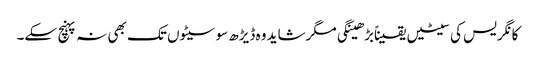
کانگریس کی سیٹیں یقیناًبڑھینگی مگرشاید وہ ڈیڑھ سو سیٹوں تک بھی نہ پہنچ سکے۔